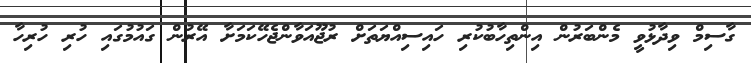
ގާސިމް ވިދާޅުވީ މެންބަރުން އިންތިހާބުކުރި ހައިސިއްޔަތަށް ރުޖޫއަވާންޖެހޭކަމަށާ އޭރުން ގައުމުގައި ހުރި ހުރިހާ